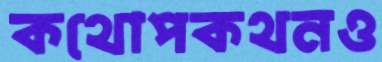
কথোপকথনও